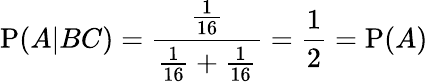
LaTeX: \mathrm{P}(A|BC)={\frac{\frac{1}{16}}{{\frac{1}{16}}+{\frac{1}{16}}}}={\frac{1}{2}}=\mathrm{P}(A)